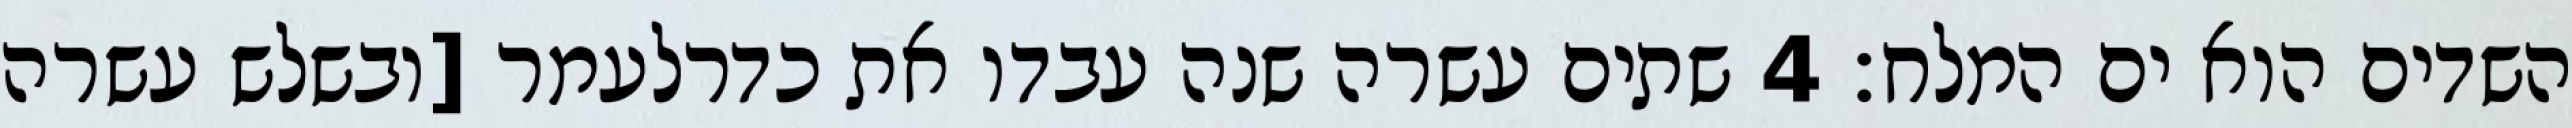
השדים הוא ים המלח׃ ‎4‏ שתים עשרה שנה עבדו את כדרלעמר [ובשלש עשרה